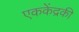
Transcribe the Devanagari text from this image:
एककेंद्रकी